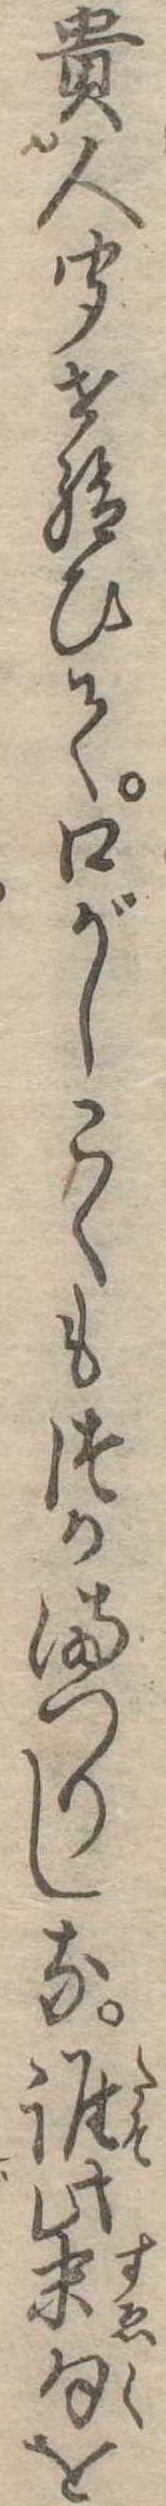
貴人聞せ給ひて口がしこくもつかまつりしな誰此末句を